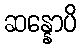
ဆန္နောပိ